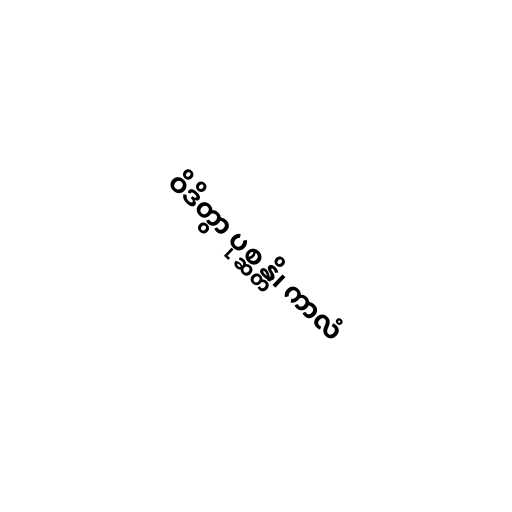
ဝိဒိတွာ ပုစ္ဆန္တိ၊ ကာလံ